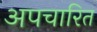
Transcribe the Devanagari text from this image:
अपचारित